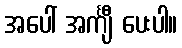
အပေါ် အင်္ကျီ ပေးပါ။